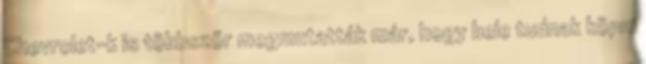
Chevrolet-k is többször megmutatták már, hogy bele tudnak köpni